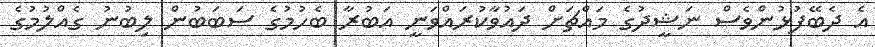
އެ ދެބޭފުޅުންވެސް ނަޝީދުގެ މައްޗަށް ދައުވާކުރައްވަނީ އަބުރާ ބެހުމުގެ ސަބަބުން ލިބުނު ގެއްލުމުގެ